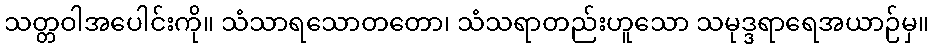
သတ္တဝါအပေါင်းကို။ သံသာရသောတတော၊ သံသရာတည်းဟူသော သမုဒ္ဒရာရေအယာဉ်မှ။